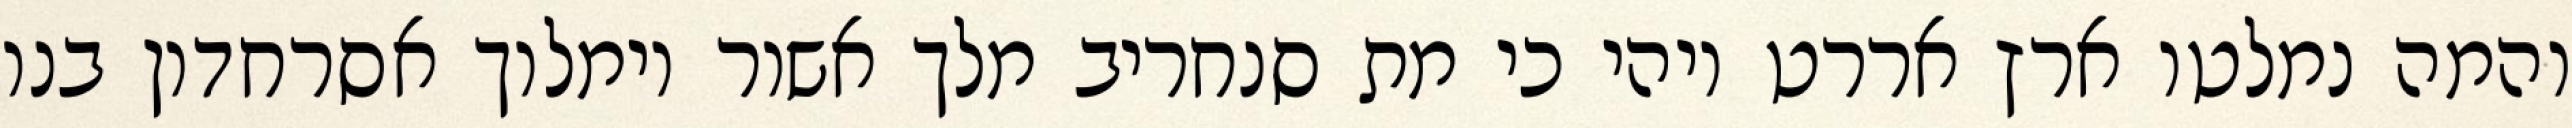
והמה נמלטו ארץ אררט ויהי כי מת סנחריב מלך אשור וימלוך אסרחדון בנו